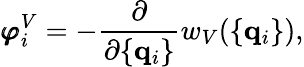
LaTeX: {\pmb\varphi}_{i}^{V}=-\frac{\partial}{\partial\{ {\mathbf q}_{i}\} }w_{V}(\{ {\mathbf q}_{i}\} ),